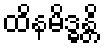
ထိနမိဒ္ဓန္တိ